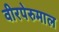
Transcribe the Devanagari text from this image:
वीरपेरुमाल